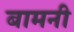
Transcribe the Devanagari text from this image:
बामनी